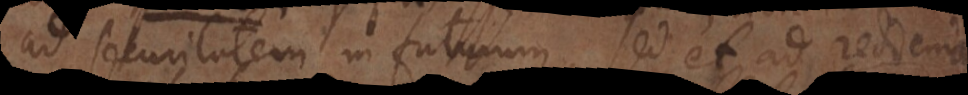
ad securitatem in futurum, sed et ad reddendam